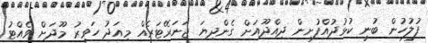
ފުލުހުން ބުނީ ކުޅުދުއްފުށިން ދިއްދޫއަށް ގެންދިޔަ ޖަނަރޭޓަރެއް މިއަދު ހަވީރު މޫދަށް ވެއްޓު